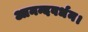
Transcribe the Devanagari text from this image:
आनन्दवर्धन।